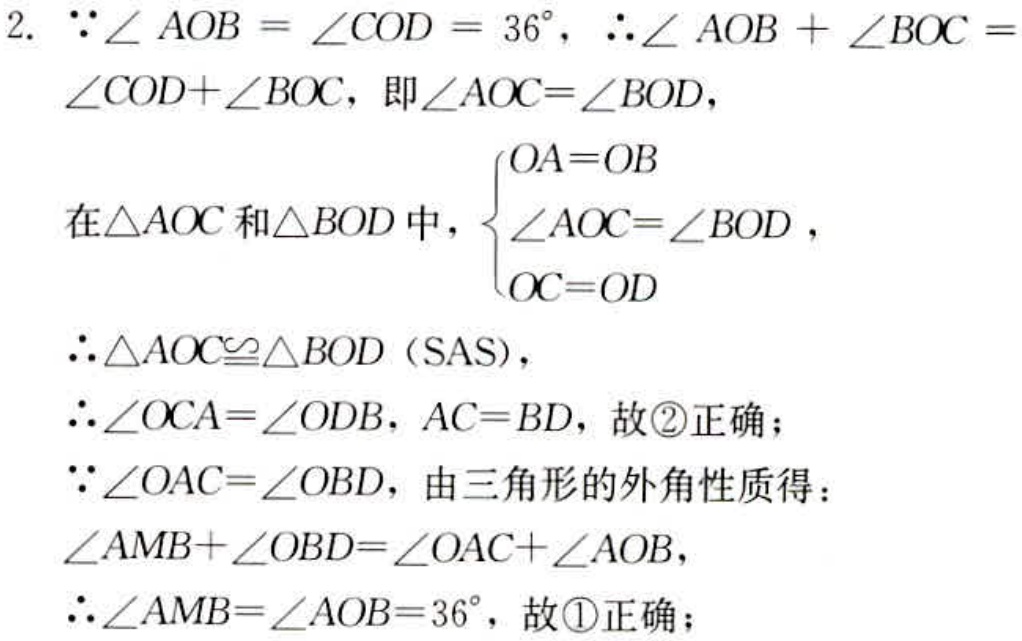
2. $\because\angle AOB = \angle COD = 36^{\circ}$，$\therefore\angle AOB + \angle BOC = \angle COD+\angle BOC$，即$\angle AOC=\angle BOD$，
在$\triangle AOC$和$\triangle BOD$中，$\begin{cases}OA = OB\\\angle AOC=\angle BOD\\OC = OD\end{cases}$
$\therefore\triangle AOC\cong\triangle BOD$（SAS），
$\therefore\angle OCA=\angle ODB$，$AC = BD$，故\textcircled{2}正确；
$\because\angle OAC=\angle OBD$，由三角形的外角性质得：
$\angle AMB+\angle OBD=\angle OAC+\angle AOB$，
$\therefore\angle AMB=\angle AOB = 36^{\circ}$，故\textcircled{1}正确；